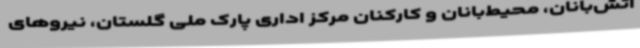
آتش‌بانان، محیط‌بانان و کارکنان مرکز اداری پارک ملی گلستان، نیروهای